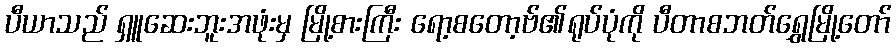
ပီယာသည် ရှူဆေးဘူးအဖုံးမှ မြို့စားကြီး ရော့စတော့ဗ်၏ရုပ်ပုံကို ပီတာစဘတ်ရွှေမြို့တော်